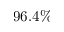
9 6 . 4 \%